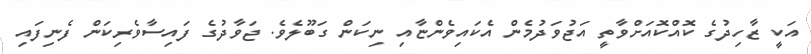
އަކީ ޒާހިދުގެ ކޮއްކޮއަށްވާތީ އަޖުވަދުމެން އެކައިވެންޏާއި ނިކަން ގަބޫލެވެ. ޖަވާދުގެ ފައިސާވެރިކަން ފެނިފައި